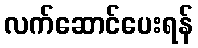
လက်ဆောင်ပေးရန်